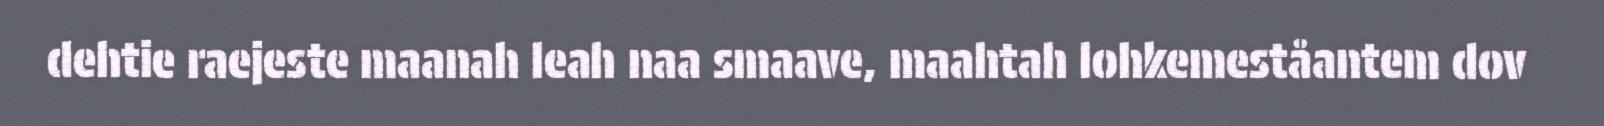
dehtie raejeste maanah leah naa smaave, maahtah lohkemeståantem dov